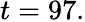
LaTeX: t=97.